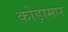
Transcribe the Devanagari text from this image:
कोड़ामार